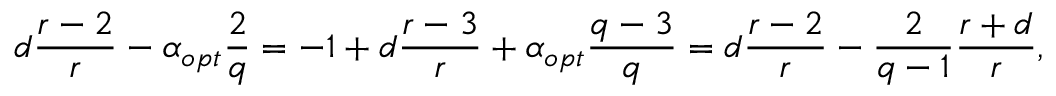
d \frac { r - 2 } { r } - \alpha _ { o p t } \frac { 2 } { q } = - 1 + d \frac { r - 3 } { r } + \alpha _ { o p t } \frac { q - 3 } { q } = d \frac { r - 2 } { r } - \frac { 2 } { q - 1 } \frac { r + d } { r } ,